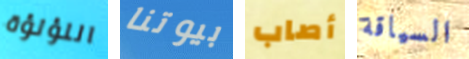
اللؤلؤة بيوتنا أصاب السياقة